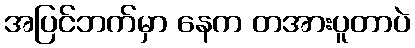
အပြင်ဘက်မှာ နေက တအားပူတာပဲ